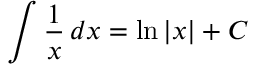
\int { \frac { 1 } { x } } \, d x = \ln \left| x \right| + C